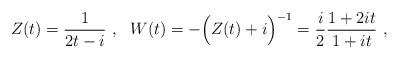
LaTeX: \begin{align*}Z(t)=\frac{1}{2t-i} \ , \ \ W(t)=-\Big(Z(t)+i\Big)^{-1}=\frac{i}{2}\frac{1+2it}{1+it} \ ,\end{align*}